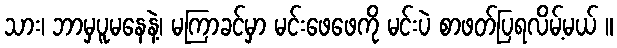
သား၊ ဘာမှပူမနေနဲ့၊ မကြာခင်မှာ မင်းဖေဖေကို မင်းပဲ စာဖတ်ပြရလိမ့်မယ် ။